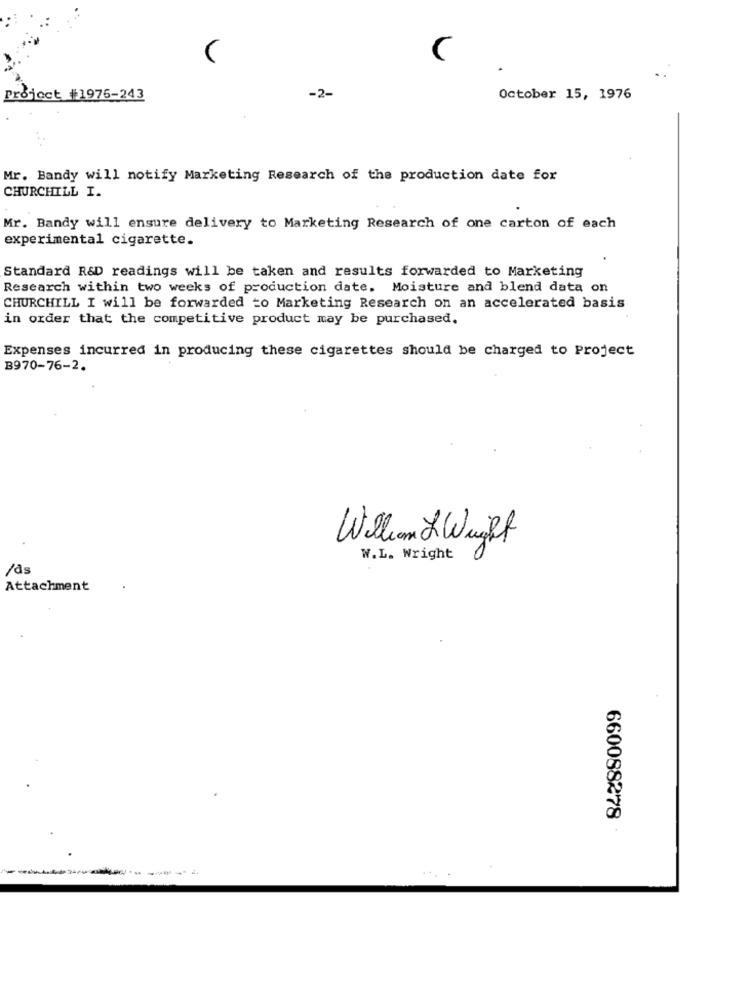
C
Project #1975-243
-2-
October 15, 1976
Mr. Bandy will notify Marketing Research of the production date for
CHURCHILL I.
Mr. Bandy will ensure delivery to Marketing Research of one carton of each
experimental cigarette.
Standard R&D readings will be taken and results forwarded to Marketing
Research within two weeks of production date. Moisture and blend data on
CHURCHILL I will be forwarded to Marketing Research on an accelerated basis
in order that the competitive product may be purchased.
Expenses incurred in producing these cigarettes should be charged to Project
B970-76-2.
William & Wight
W.L. Wright
/às
Attachment
660088278